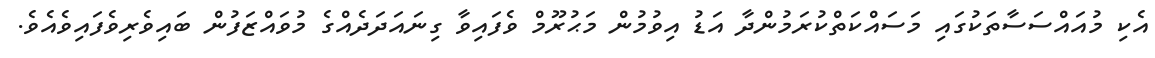
އެކި މުއައްސަސާތަކުގައި މަސައްކަތްކުރަމުންދާ އަޑު އިވުމުން މަޙުރޫމް ވެފައިވާ ގިނައަދަދެއްގެ މުވައްޒަފުން ބައިވެރިވެފައިވެއެވެ.